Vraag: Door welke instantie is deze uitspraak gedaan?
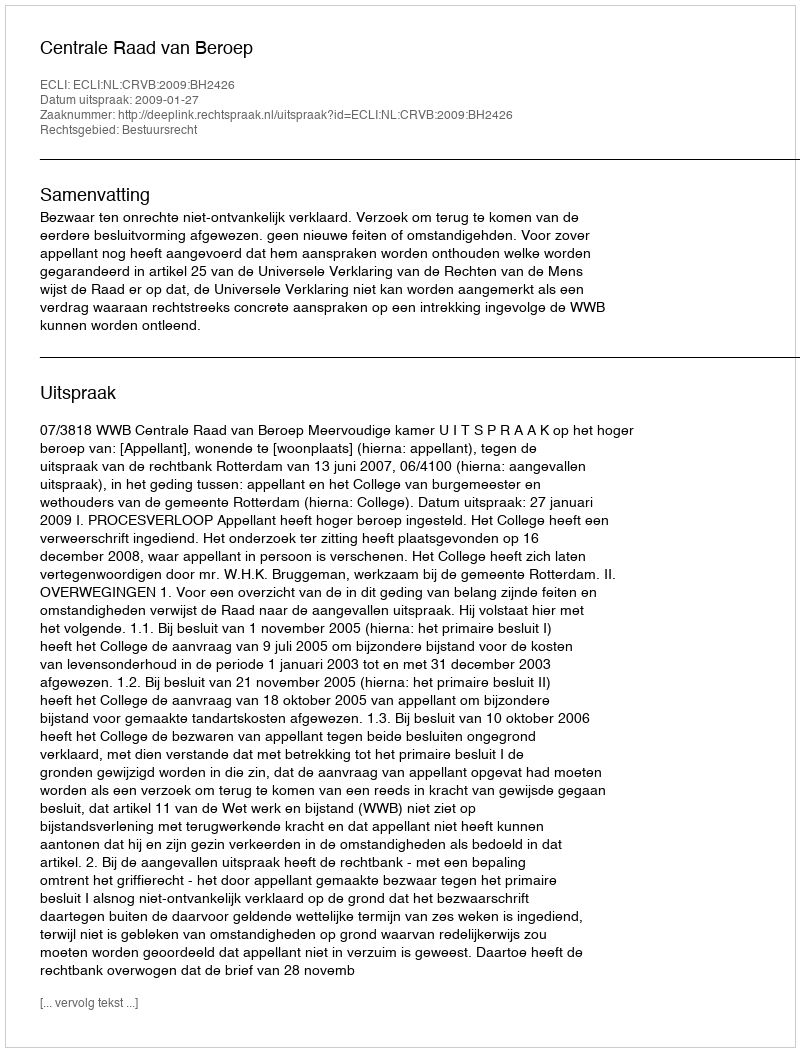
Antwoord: Centrale Raad van Beroep